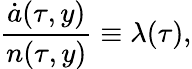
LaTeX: \frac{\dot{a}(\tau,y)}{n(\tau,y)}\equiv\lambda(\tau),